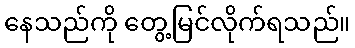
နေသည်ကို တွေ့မြင်လိုက်ရသည်။